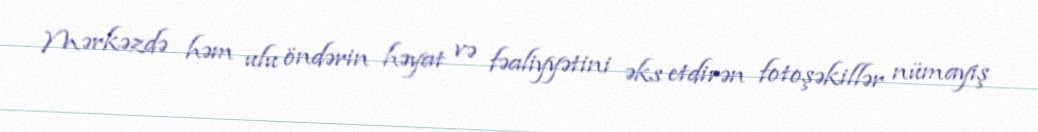
Mərkəzdə həm ulu öndərin həyat və fəaliyyətini əks etdirən fotoşəkillər nümayiş